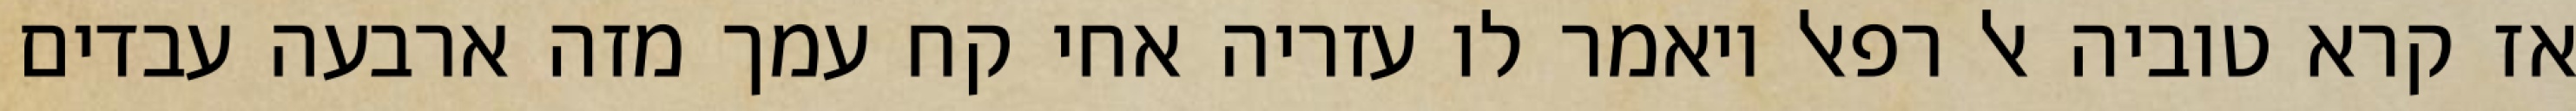
אז קרא טוביה אל רפאל ויאמר לו עזריה אחי קח עמך מזה ארבעה עבדים